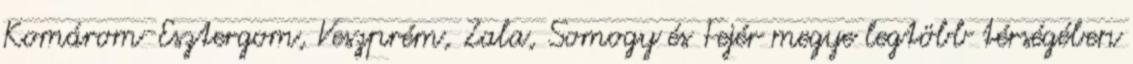
Komárom-Esztergom, Veszprém, Zala, Somogy és Fejér megye legtöbb térségében